Indian journal of veterinary science and animal husbandry - Volumes 24-25, 1954-1955
Year: 1954
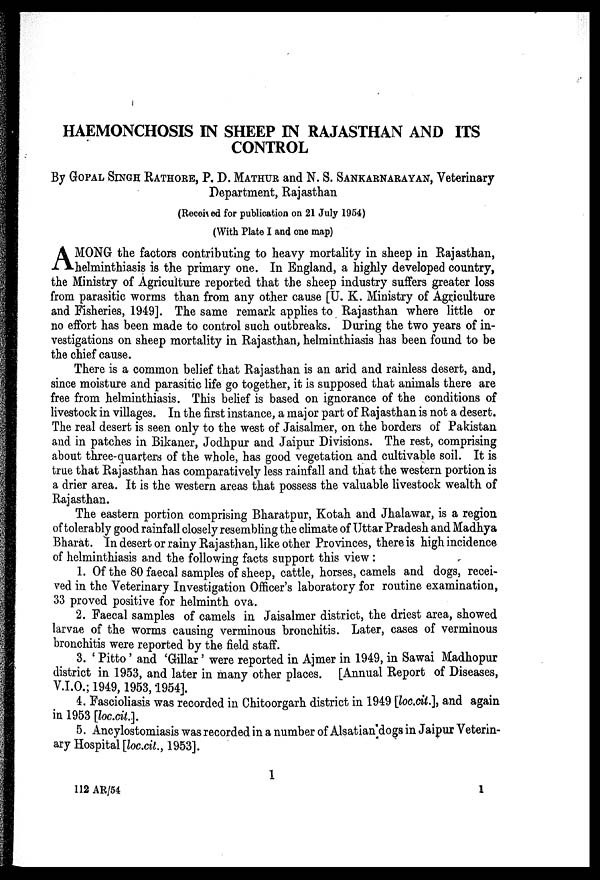
HAEMONCHOSIS IN SHEEP IN RAJASTHAN AND ITS
CONTROL
By GOPAL SINGH RATHORE, P. D. MATHUR and N. S. SANKARNARAYAN, Veterinary
Department, Rajasthan
(Received for publication on 21 July 1954)
(With Plate I and one map)
A MONG the factors contributing to heavy mortality in sheep in Rajasthan,
helminthiasis is the primary one. In England, a highly developed country,
the Ministry of Agriculture reported that the sheep industry suffers greater loss
from parasitic worms than from any other cause [U. K. Ministry of Agriculture
and Fisheries, 1949]. The same remark applies to Rajasthan where little or
no effort has been made to control such outbreaks. During the two years of in-
vestigations on sheep mortality in Rajasthan, helminthiasis has been found to be
the chief cause.
There is a common belief that Rajasthan is an arid and rainless desert, and,
since moisture and parasitic life go together, it is supposed that animals there are
free from helminthiasis. This belief is based on ignorance of the conditions of
livestock in villages. In the first instance, a major part of Rajasthan is not a desert.
The real desert is seen only to the west of Jaisalmer, on the borders of Pakistan
and in patches in Bikaner, Jodhpur and Jaipur Divisions. The rest, comprising
about three-quarters of the whole, has good vegetation and cultivable soil. It is
true that Rajasthan has comparatively less rainfall and that the western portion is
a drier area. It is the western areas that possess the valuable livestock wealth of
Rajasthan.
The eastern portion comprising Bharatpur, Kotah and Jhalawar, is a region
of tolerably good rainfall closely resembling the climate of Uttar Pradesh and Madhya
Bharat. In desert or rainy Rajasthan, like other Provinces, there is high incidence
of helminthiasis and the following facts support this view :
1. Of the 80 faecal samples of sheep, cattle, horses, camels and dogs, recei-
ved in the Veterinary Investigation Officer's laboratory for routine examination,
33 proved positive for helminth ova.
2. Faecal samples of camels in Jaisalmer district, the driest area, showed
larvae of the worms causing verminous bronchitis. Later, cases of verminous
bronchitis were reported by the field staff.
3. ' Pitto' and 'Gillar' were reported in Ajmer in 1949, in Sawai Madhopur
district in 1953, and later in many other places. [Annual Report of Diseases,
V.I.O.; 1949, 1953, 1954].
4. Fascioliasis was recorded in Chitoorgarh district in 1949 [loc.cit.], and again
in 1953 [loc.cit.].
5. Ancylostomiasis was recorded in a number of Alsatian dogs in Jaipur Veterin-
ary Hospital [loc.cit., 1953].
1
112 AR/54
1